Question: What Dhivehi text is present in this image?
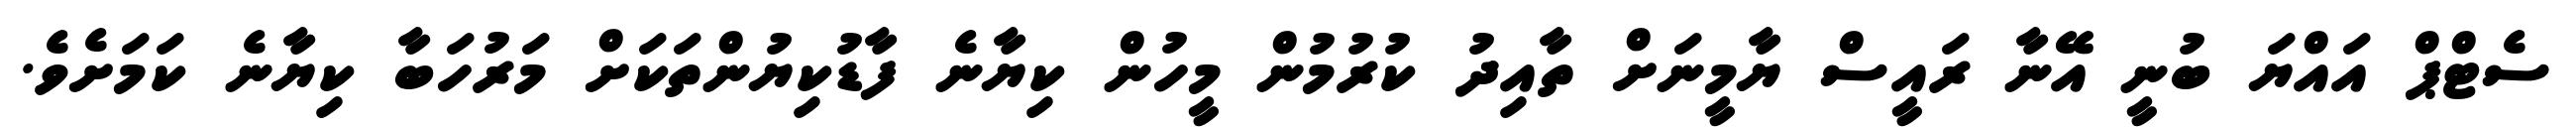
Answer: ސެޓްޕް އައްޔަ ބުނީ އޭނާ ރައީސް ޔާމީނަށް ތާއިދު ކުރުމުން މީހުން ކިޔާނެ ފާޑުކިޔުންތަކަށް މަރުހަބާ ކިޔާނެ ކަމަށެވެ.